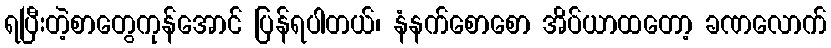
ရပြီးတဲ့စာတွေကုန်အောင် ပြန်ရပါတယ်၊ နံနက်စောစော အိပ်ယာထတော့ ခဏလောက်